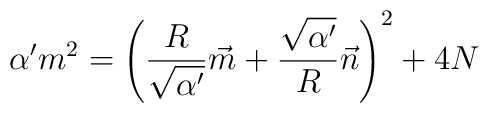
\alpha'm^2=\left(\frac{R}{\sqrt{\alpha'}} \vec{m} + \frac{\sqrt{\alpha'}}{R} \vec{n}\right) ^2 + 4 N